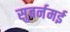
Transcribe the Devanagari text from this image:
सुबर्नमई